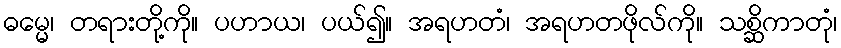
ဓမ္မေ၊ တရားတို့ကို။ ပဟာယ၊ ပယ်၍။ အရဟတံ၊ အရဟတဖိုလ်ကို။ သစ္ဆိကာတုံ၊